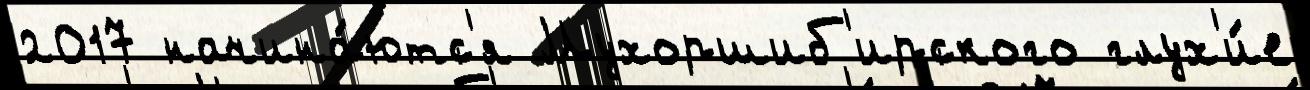
2017 начина́ютс'я Мухоршиб'ирского глух'и́е